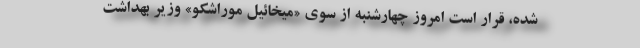
شده، قرار است امروز چهارشنبه از سوی «میخائیل موراشکو» وزیر بهداشت